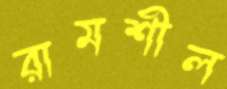
রামশীল